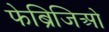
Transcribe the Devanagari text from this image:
फेब्रिजिओ